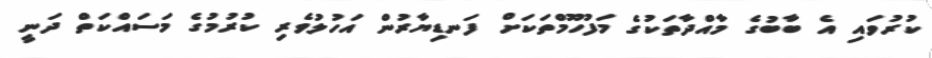
ކުރުވައި އެ ބާބުގެ މާއްދާތަކުގެ މަފުހޫމްތަކަށް ފަނޑިޔާރުން އަހުލުވެރި ކުރުމުގެ މަސައްކަތް ދަނީ